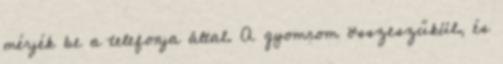
mérjék be a telefonja által. A gyomrom összeszűkül, és